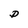
Character: D